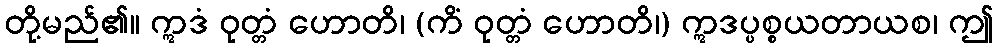
တို့မည်၏။ ဣဒံ ဝုတ္တံ ဟောတိ၊ (ကိံ ဝုတ္တံ ဟောတိ၊) ဣဒပ္ပစ္စယတာယစ၊ ဤ